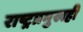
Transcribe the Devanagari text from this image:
राष्ट्रप्रमुखही